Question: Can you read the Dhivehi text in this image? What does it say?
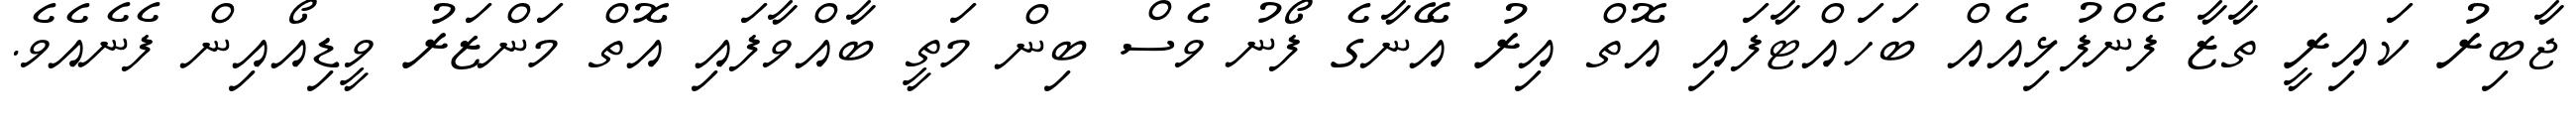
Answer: ޖާބިރު ކައިރީ ތާޒާ ފެންފުޅިއެއް ބަހައްޓާފައި އޮތް އިރު އޭނާގެ ފޯނު ވެސް ބިން މަތީ ބާއްވާފައި އޮތް މަންޒަރު ވީޑިއޯއިން ފެނެއެވެ.